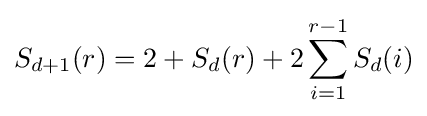
S_{d+1}(r)=2+S_{d}(r)+2\sum _{i=1}^{r-1}S_{d}(i)